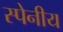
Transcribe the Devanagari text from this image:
स्पेनीय